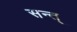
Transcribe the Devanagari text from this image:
सन्त्